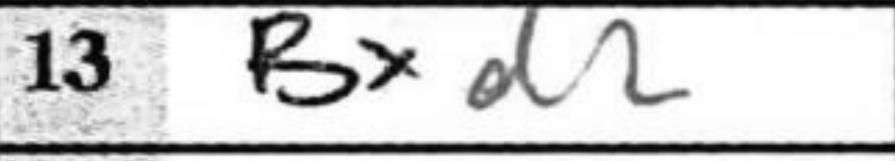
Transcription: Bxd2